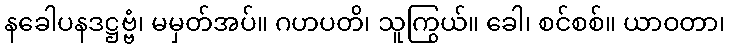
နခေါပနဒဋ္ဌဗ္ဗံ၊ မမှတ်အပ်။ ဂဟပတိ၊ သူကြွယ်။ ခေါ၊ စင်စစ်။ ယာဝတာ၊